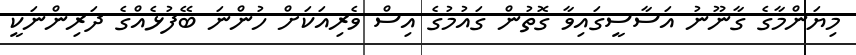
މިޔަންމާގެ ގާނޫނު އަސާސީގައިވާ ގޮތުން ގައުމުގެ އިސް ވެރިއަކަށް ހުންނަ ބޭފުޅެއްގެ ދަރިންނަކީ